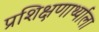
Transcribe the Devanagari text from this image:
प्रशिक्षणार्थ्याला